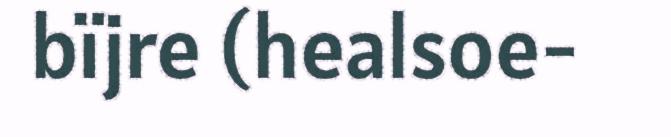
bïjre (healsoe-